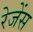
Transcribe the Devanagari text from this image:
रेजेंस